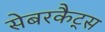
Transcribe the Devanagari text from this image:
सेबरकैट्स